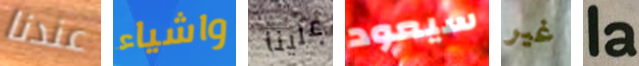
عندنا واشياء علينا سيعود غير la